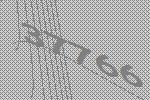
37766